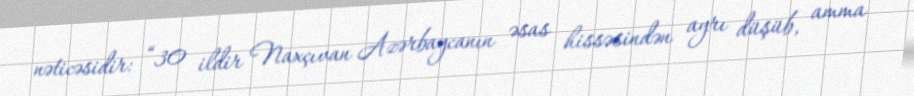
nəticəsidir: “30 ildir Naxçıvan Azərbaycanın əsas hissəsindən ayrı düşüb, amma